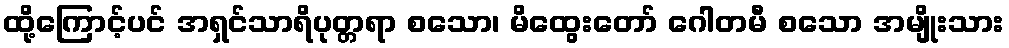
ထို့ကြောင့်ပင် အရှင်သာရိပုတ္တရာ စသော၊ မိထွေးတော် ဂေါတမီ စသော အမျိုးသား